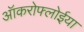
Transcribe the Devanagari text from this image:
ऑकरोफ्लोईया